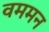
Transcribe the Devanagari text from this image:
वममन